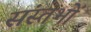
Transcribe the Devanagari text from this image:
संस्तभों